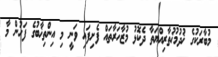
މުބާރަކުގެ ޚުދުމުޚުތާރިއްޔަތާ ދެކޮޅު މުޒާހަރާތައް ފެށިފައި ވަނީ މި އިންތިޚާބުގެ ފަހުން މާ